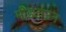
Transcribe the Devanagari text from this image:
मीडटाउन